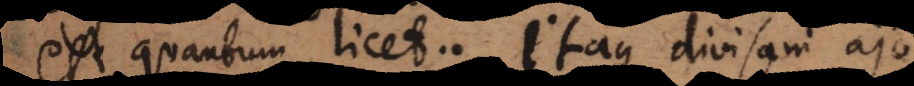
est quantum licet. Itaque divisam ajo